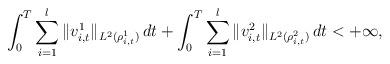
LaTeX: \begin{align*}\int_0^T \sum_{i=1}^l \|v^1_{i,t}\|_{L^2(\rho_{i,t}^1)} \,dt + \int_0^T \sum_{i=1}^l \|v^2_{i,t}\|_{L^2(\rho_{i,t}^2)} \,dt <+\infty,\end{align*}